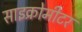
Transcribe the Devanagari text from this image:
साइक्रोमीटर